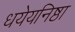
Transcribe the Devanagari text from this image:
धयेयनिष्ठा